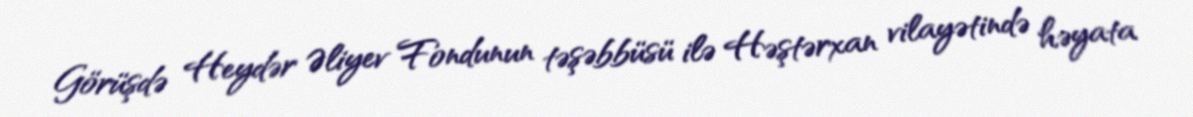
Görüşdə Heydər Əliyev Fondunun təşəbbüsü ilə Həştərxan vilayətində həyata